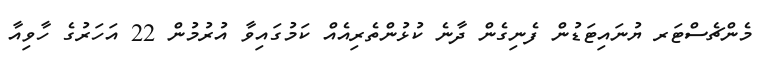
މެންޗެސްޓަރ ޔުނައިޓަޑުން ފެނިގެން ދާނެ ކުޅުންތެރިއެއް ކަމުގައިވާ އުރުމުން 22 އަހަރުގެ ހާވިއާ